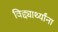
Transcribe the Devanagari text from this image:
विद्द्यार्थ्यांना